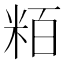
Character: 粨